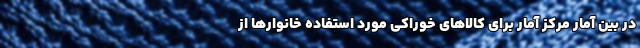
در بین آمار مرکز آمار برای کالاهای خوراکی مورد استفاده خانوارها از